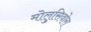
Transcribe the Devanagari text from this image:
मोलुसिवोरा